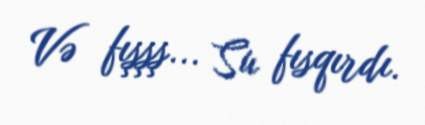
Və fışşş... Su fısqırdı.